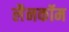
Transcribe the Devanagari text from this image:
लैनकॉम